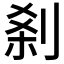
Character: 𠜽